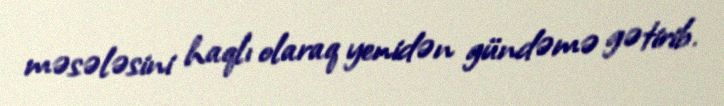
məsələsini haqlı olaraq yenidən gündəmə gətirib.